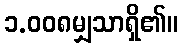
၁.၀၀၈မျှသာရှိ၏။